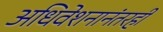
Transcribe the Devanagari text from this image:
अधिवेशनानंतरही